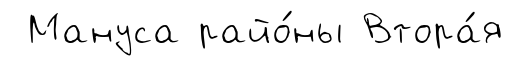
Мануса райо́ны Втора́я